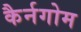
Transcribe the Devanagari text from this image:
कैर्नगोम